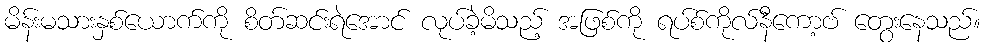
မိန်းမသားနှစ်ယောက်ကို စိတ်ဆင်းရဲအောင် လုပ်ခဲ့မိသည့် အဖြစ်ကို ရပ်စ်ကိုလ်နီကော့ဗ် တွေးနေသည်။